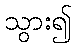
သွား၍